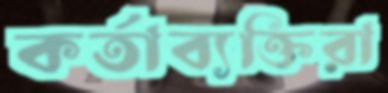
কর্তাব্যক্তিরা